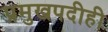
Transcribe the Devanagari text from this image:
प्रमुखपदीही